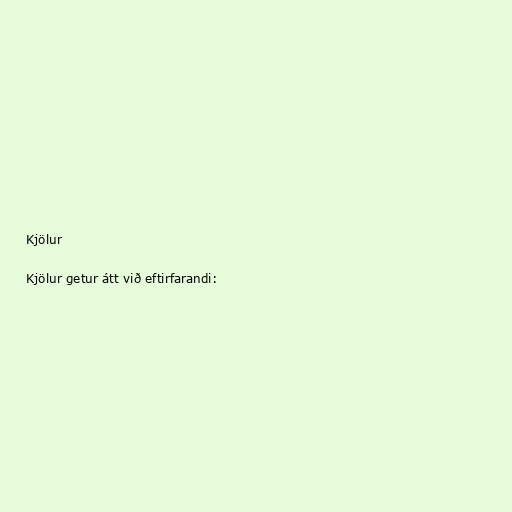
Kjölur

Kjölur getur átt við eftirfarandi: